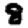
Digit: 8